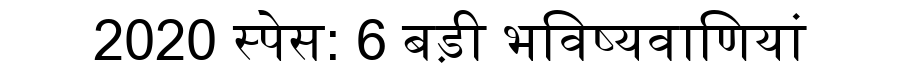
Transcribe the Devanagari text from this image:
2020 स्पेस: 6 बड़ी भविष्यवाणियां